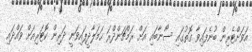
އަވަށްޓެރިން ބުނެފައިވާ ގޮތުގައި ސޯނާބައި އަށް ރަމްޗަންދްރަ ހަމަލާދީފައިވަނީ ދަރިން ކޮޓަރިއަށް ވައްދައި